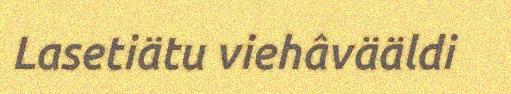
Lasetiätu viehâvääldi